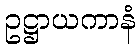
ဥဋ္ဌာယကာနံ